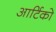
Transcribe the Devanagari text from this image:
आर्टिको